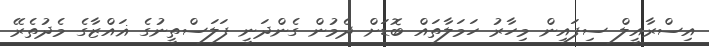
އިސްރާއީލް ސިފައިން މިހާރު ހަމަލާތައް ބޮޑަށް ދެމުން ގެންދަނީ ފަލަސްތީނުގެ ޣައްޒާގެ މެދުތެރޭ